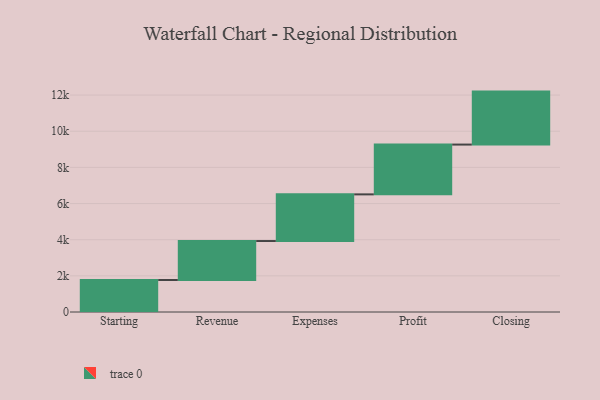
{"axis": {"x": "Step", "y": "Value"}, "legend": [""], "data": [{"x": "Starting", "y": 1769.0, "type": ""}, {"x": "Revenue", "y": 2157.0, "type": ""}, {"x": "Expenses", "y": 2581.0, "type": ""}, {"x": "Profit", "y": 2755.0, "type": ""}, {"x": "Closing", "y": 2930.0, "type": ""}]}